Mental hospitals Bombay report 1929-33 - 1929-1933
Year: 1929
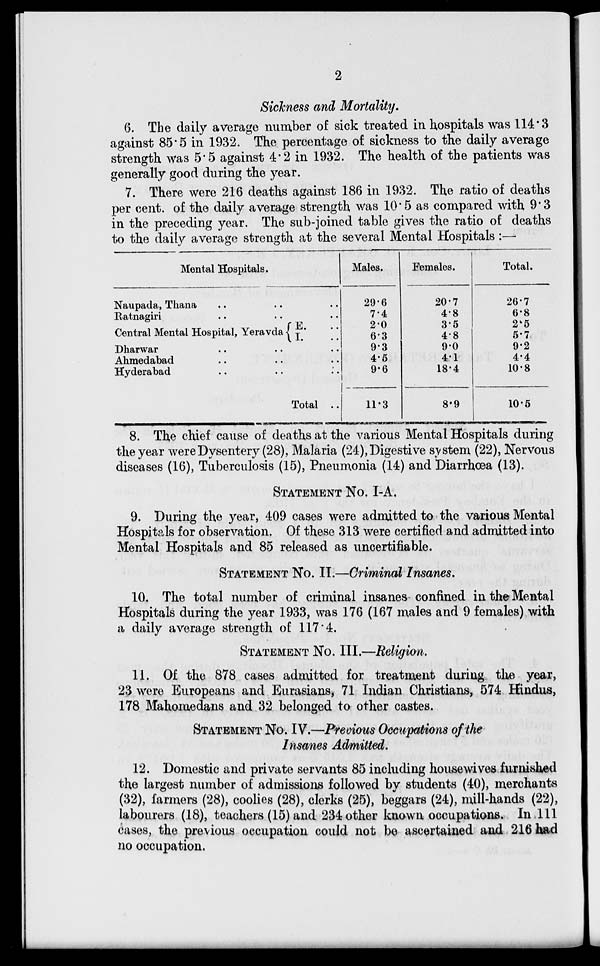
2
Sickness and Mortality.
6. The daily average number of sick treated in hospitals was 114.3
against 85.5 in 1932. The percentage of sickness to the daily average
strength was 5.5 against 4.2 in 1932. The health of the patients was
generally good during the year.
7. There were 216 deaths against 186 in 1932. The ratio of deaths
per cent. of the daily average strength was 10.5 as compared with 9.3
in the preceding year. The sub-joined table gives the ratio of deaths
to the daily average strength at the several Mental Hospitals :—
Mental Hospitals.
Naupada, Thana .. ..
Ratnagiri .. ..
Central Mental Hospital, Yeravda
Dharwar .. ..
Ahmedabad .. ..
Hyderabad .. ..
..
..
E. ..
I. ..
..
..
..
Total ..
Males.
29.6
7.4
2.0
6.3
9.3
4.5
9.6
11.3
Females.
20.7
4.8
3.5
4.8
9.0
4.1
18.4
8.9
Total.
26.7
6.8
2.5
5.7
9.2
4.4
10.8
10.5
8. The chief cause of deaths at the various Mental Hospitals during
the year were Dysentery (28), Malaria (24), Digestive system (22), Nervous
diseases (16), Tuberculosis (15), Pneumonia (14) and Diarrhœa (13).
STATEMENT NO. I-A.
9. During the year, 409 cases were admitted to the various Mental
Hospitals for observation. Of these 313 were certified and admitted into
Mental Hospitals and 85 released as uncertifiable.
STATEMENT NO. II.—Criminal Insanes.
10. The total number of criminal insanes confined in the Mental
Hospitals during the year 1933, was 176 (167 males and 9 females) with
a daily average strength of 117.4.
STATEMENT NO. III.—Religion.
11. Of the 878 cases admitted for treatment during the year,
23 were Europeans and Eurasians, 71 Indian Christians, 574 Hindus,
178 Mahomedans and 32 belonged to other castes.
STATEMENT NO. IV.—Previous Occupations of the
Insanes Admitted.
12. Domestic and private servants 85 including housewives furnished
the largest number of admissions followed by students (40), merchants
(32), farmers (28), coolies (28), clerks (25), beggars (24), mill-hands (22),
labourers (18), teachers (15) and 234 other known occupations. In 111
cases, the previous occupation could not be ascertained and 216 had
no occupation.